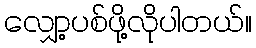
လျှော့ပစ်ဖို့လိုပါတယ်။